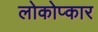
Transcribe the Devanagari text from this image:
लोकोप्कार